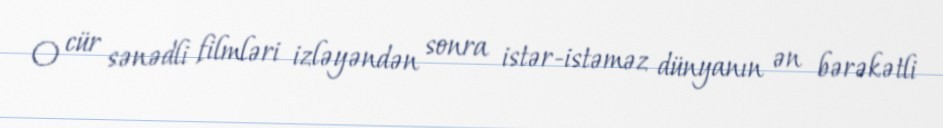
O cür sənədli filmləri izləyəndən sonra istər-istəməz dünyanın ən bərəkətli